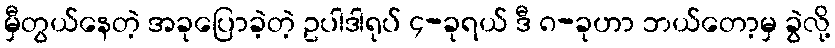
မှီတွယ်နေတဲ့ အခုပြောခဲ့တဲ့ ဥပါဒါရုပ် ၄-ခုရယ် ဒီ ၈-ခုဟာ ဘယ်တော့မှ ခွဲလို့